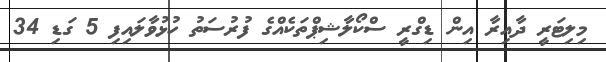
މިލިޓަރީ ދާއިރާ އިން ޑިގްރީ ސްކޯލާޝިޕްތަކެއްގެ ފުރުސަތު ހުޅުވާލައިފި 5 ގަޑި 34